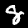
Label: 8